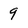
Character: 9